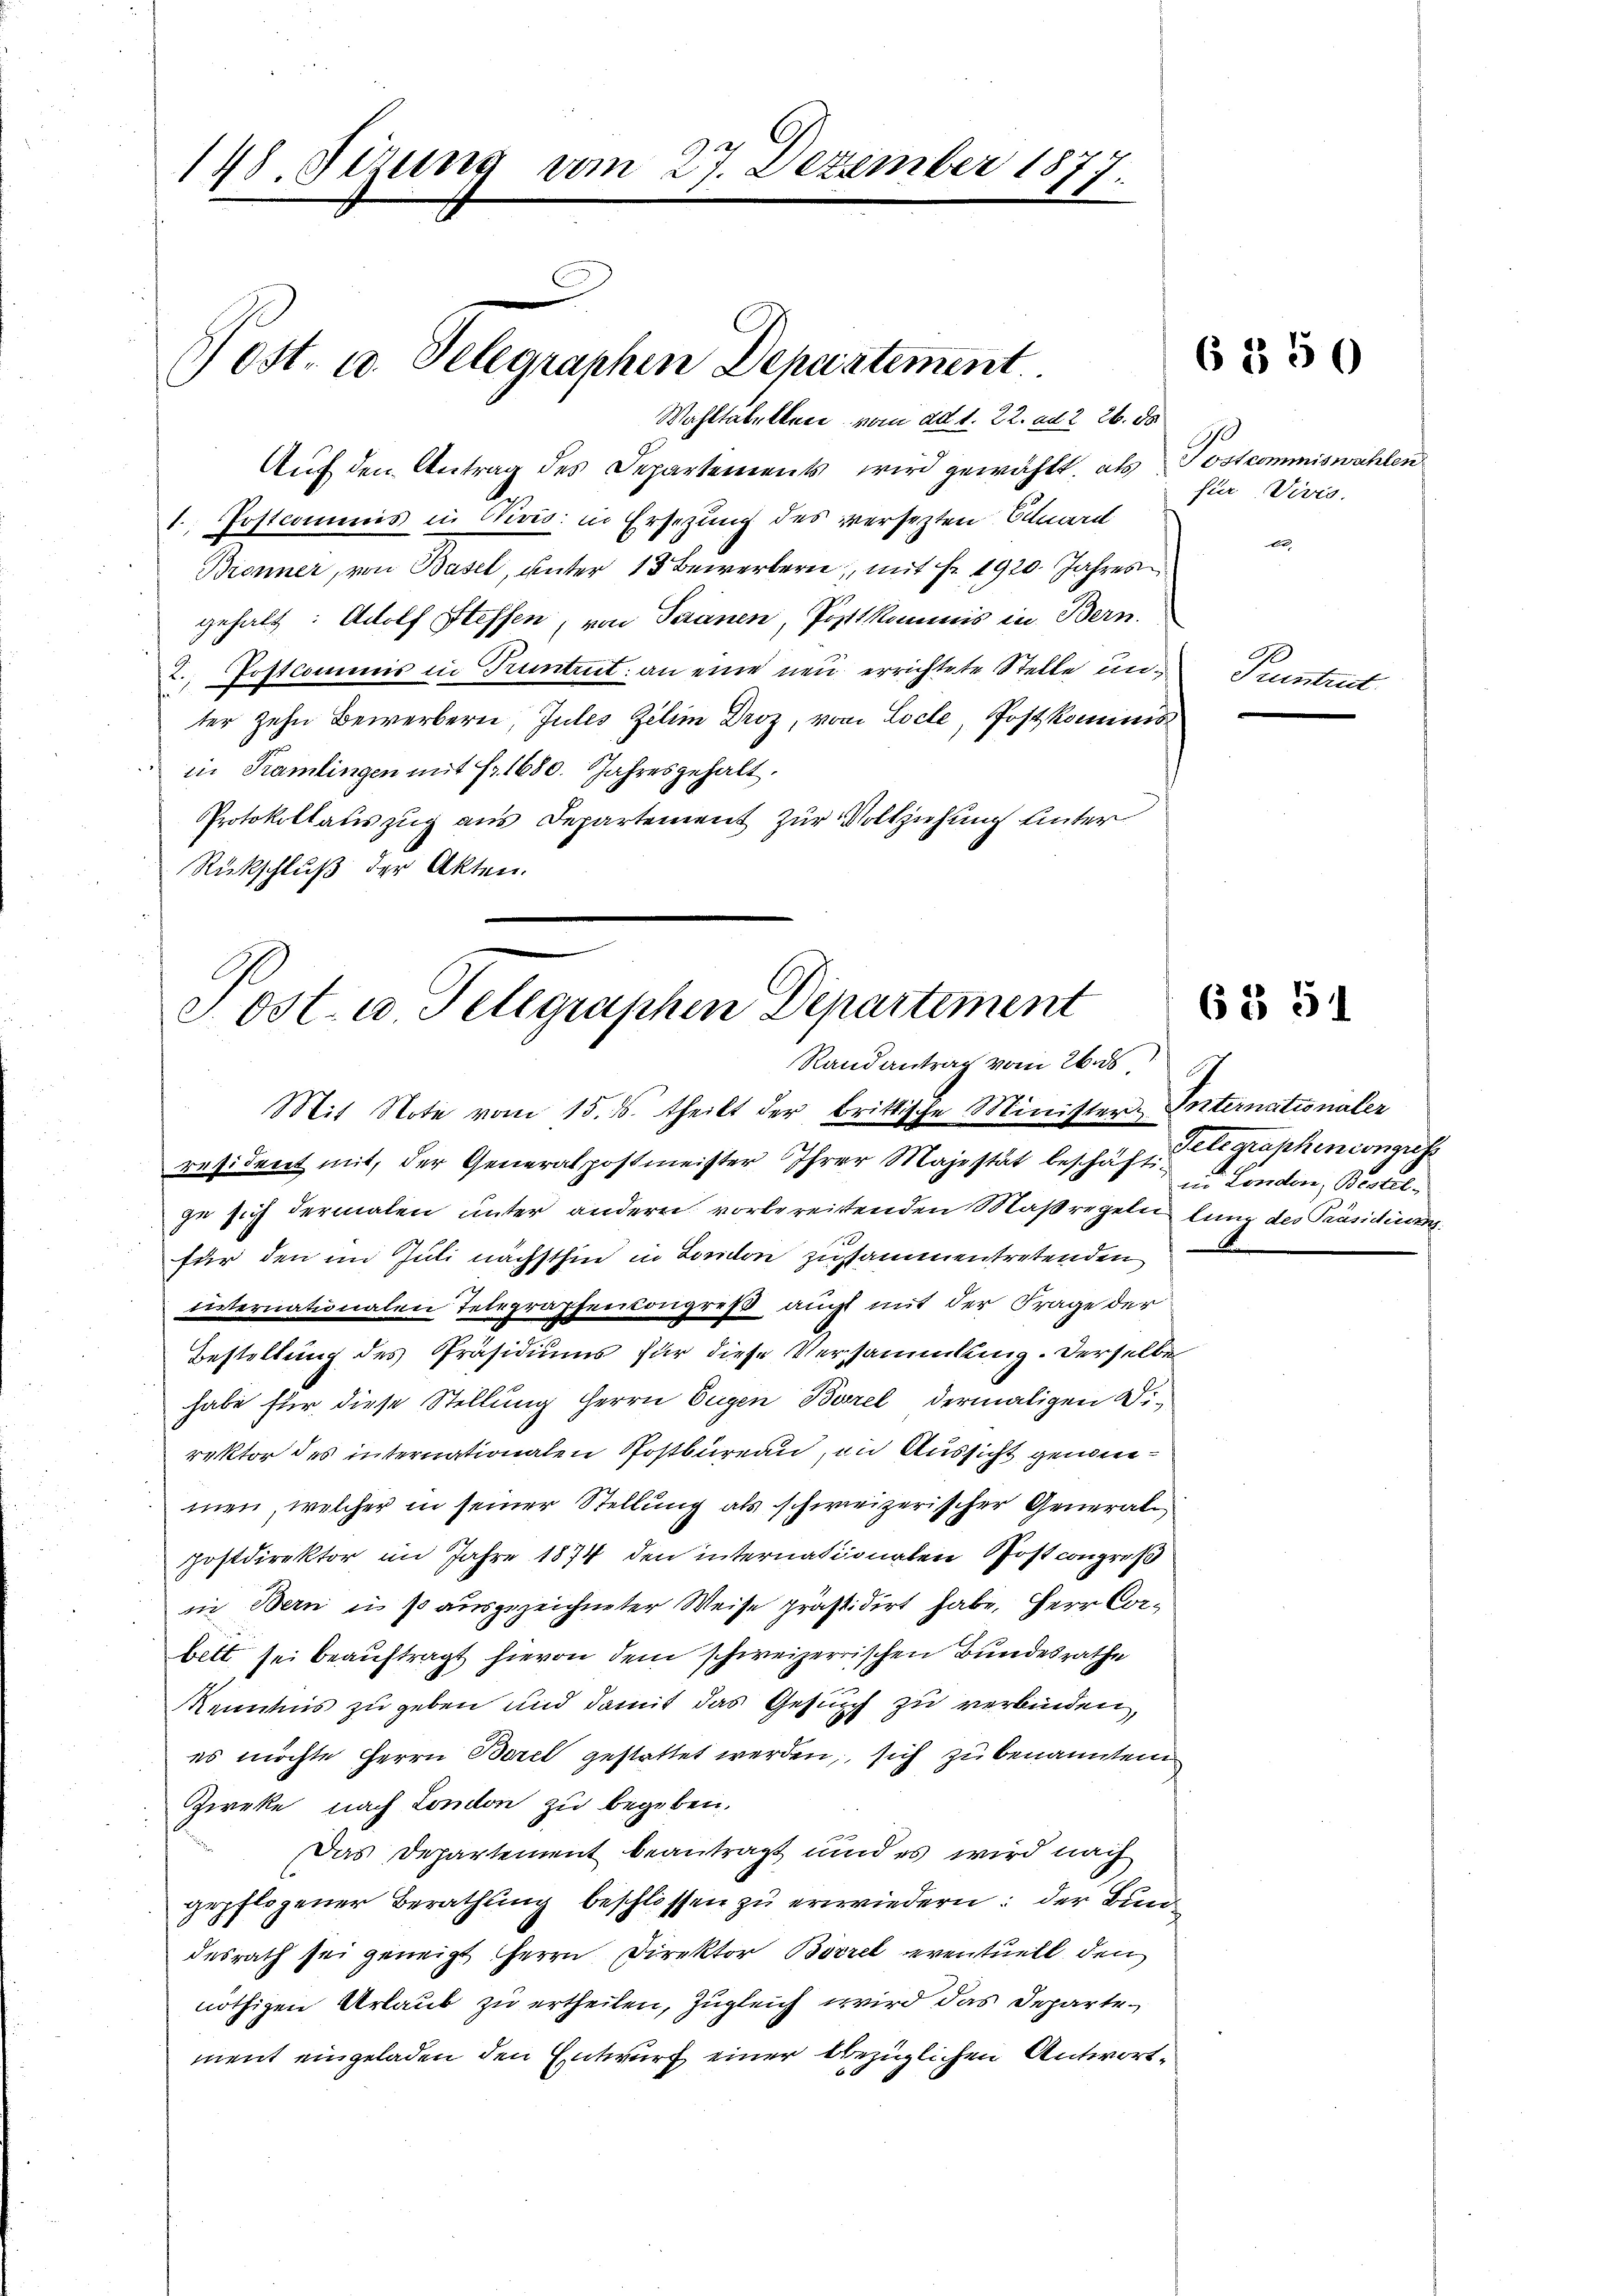
148. Rezung vom 27. Dezember 1877.

Post- u. Telegraphen Depustement
Wahltabellen vom ad 1. 22. ad 2. 26. ds
Auf den Antrag des Departements wird gewählt, als Postcommiswahlen

1. Postcommis in Divis: in Ersetzung des versezten Sard
Brenner, von Basel, unter 13 Bewerbern, mit Fr. 1920. Jahres
gehalt: Adolf Steffen, von Saanen, Postkommis in Bern.
2. Postcommis in Truntrut an eine neu errichtete Stelle unter zehn Bewerbern, Gutes Zelim Droz, von Loche, Postkominis
in Kamlingen mit Fr. 1680. Jahresgehalt.
Protokollauszug aus Departement zur Vollziehung unter
Rückschluß der Akten.

Post- u. Telegraphen Departement
Randantrag vom 26. ds

Mit Note vom 15. d. theilt der brittische Minister Internationaler
resident mit, der Generalpostmeister Ihrer Majestät beschaftligraphencongress
ge sich dermalen unter andern vorbereitenden Maßregeln lang des Präsidium.
für den im Juli nächsthin in London zusammentretenden
internationalen Telegraphencongreß aucht mit der Frage der
Bestellung des Präsidiums für diese Versammlung. Derselbe
habe für diese Stellung Herrn Eugen Borel dermaligen Direktor des internationalen Postbureau, in Aussicht genommen, welcher in seiner Stellung als schweizerischer Generalpostdirektor im Jahre 1874 den internationalen Post congroß
in Bern in so ausgezeichneter Weise präsidirt habe, Herr Corbett sei beauftragt hievon dem schweizerrischen Bundesrathe
Kenntnis zu geben und damit das Gesuch zu verbinden,
es möchte Herrn Borel gestattet werden, sich zu benannten
Zweke, nach London zu begeben.
Das Departement beantragt und es wird nach
gepflogener Berathung beschlossen zu erwiedern: der Bundesrath sei geneigt Herrn Direktor Borrel eventuell den
nöthigen Urlaub zu ertheilen, zugleich wird das Departement eingeladen den Entwurf einer bezüglichen Antwort¬

6 3 50

für Vers.

Pruntrict.

6 § 51

us London, Bestel¬